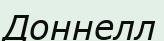
Доннелл